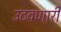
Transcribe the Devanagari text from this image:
उठवणारी